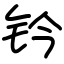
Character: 钤